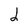
Character: 2